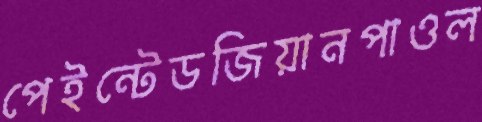
পেইন্টেডজিয়ানপাওল